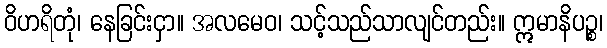
ဝိဟရိတုံ၊ နေခြင်းငှာ။ အလမေဝ၊ သင့်သည်သာလျင်တည်း။ ဣမာနိပဉ္စ၊